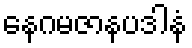
နေဂမဇာနပဒါနံ